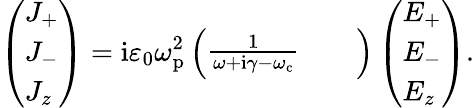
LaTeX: \left(\begin{array}{l}{J_{+}}\\ {J_{-}}\\ {J_{z}}\end{array}\right)=\mathrm{i}\varepsilon_{0}\omega_{\mathrm{p}}^{2}\left(\begin{array}{lll}{\frac{1}{\omega+\mathrm{i}\gamma-\omega_{\mathrm{c}}}}&{}&{}\end{array}\right)\left(\begin{array}{l}{E_{+}}\\ {E_{-}}\\ {E_{z}}\end{array}\right).